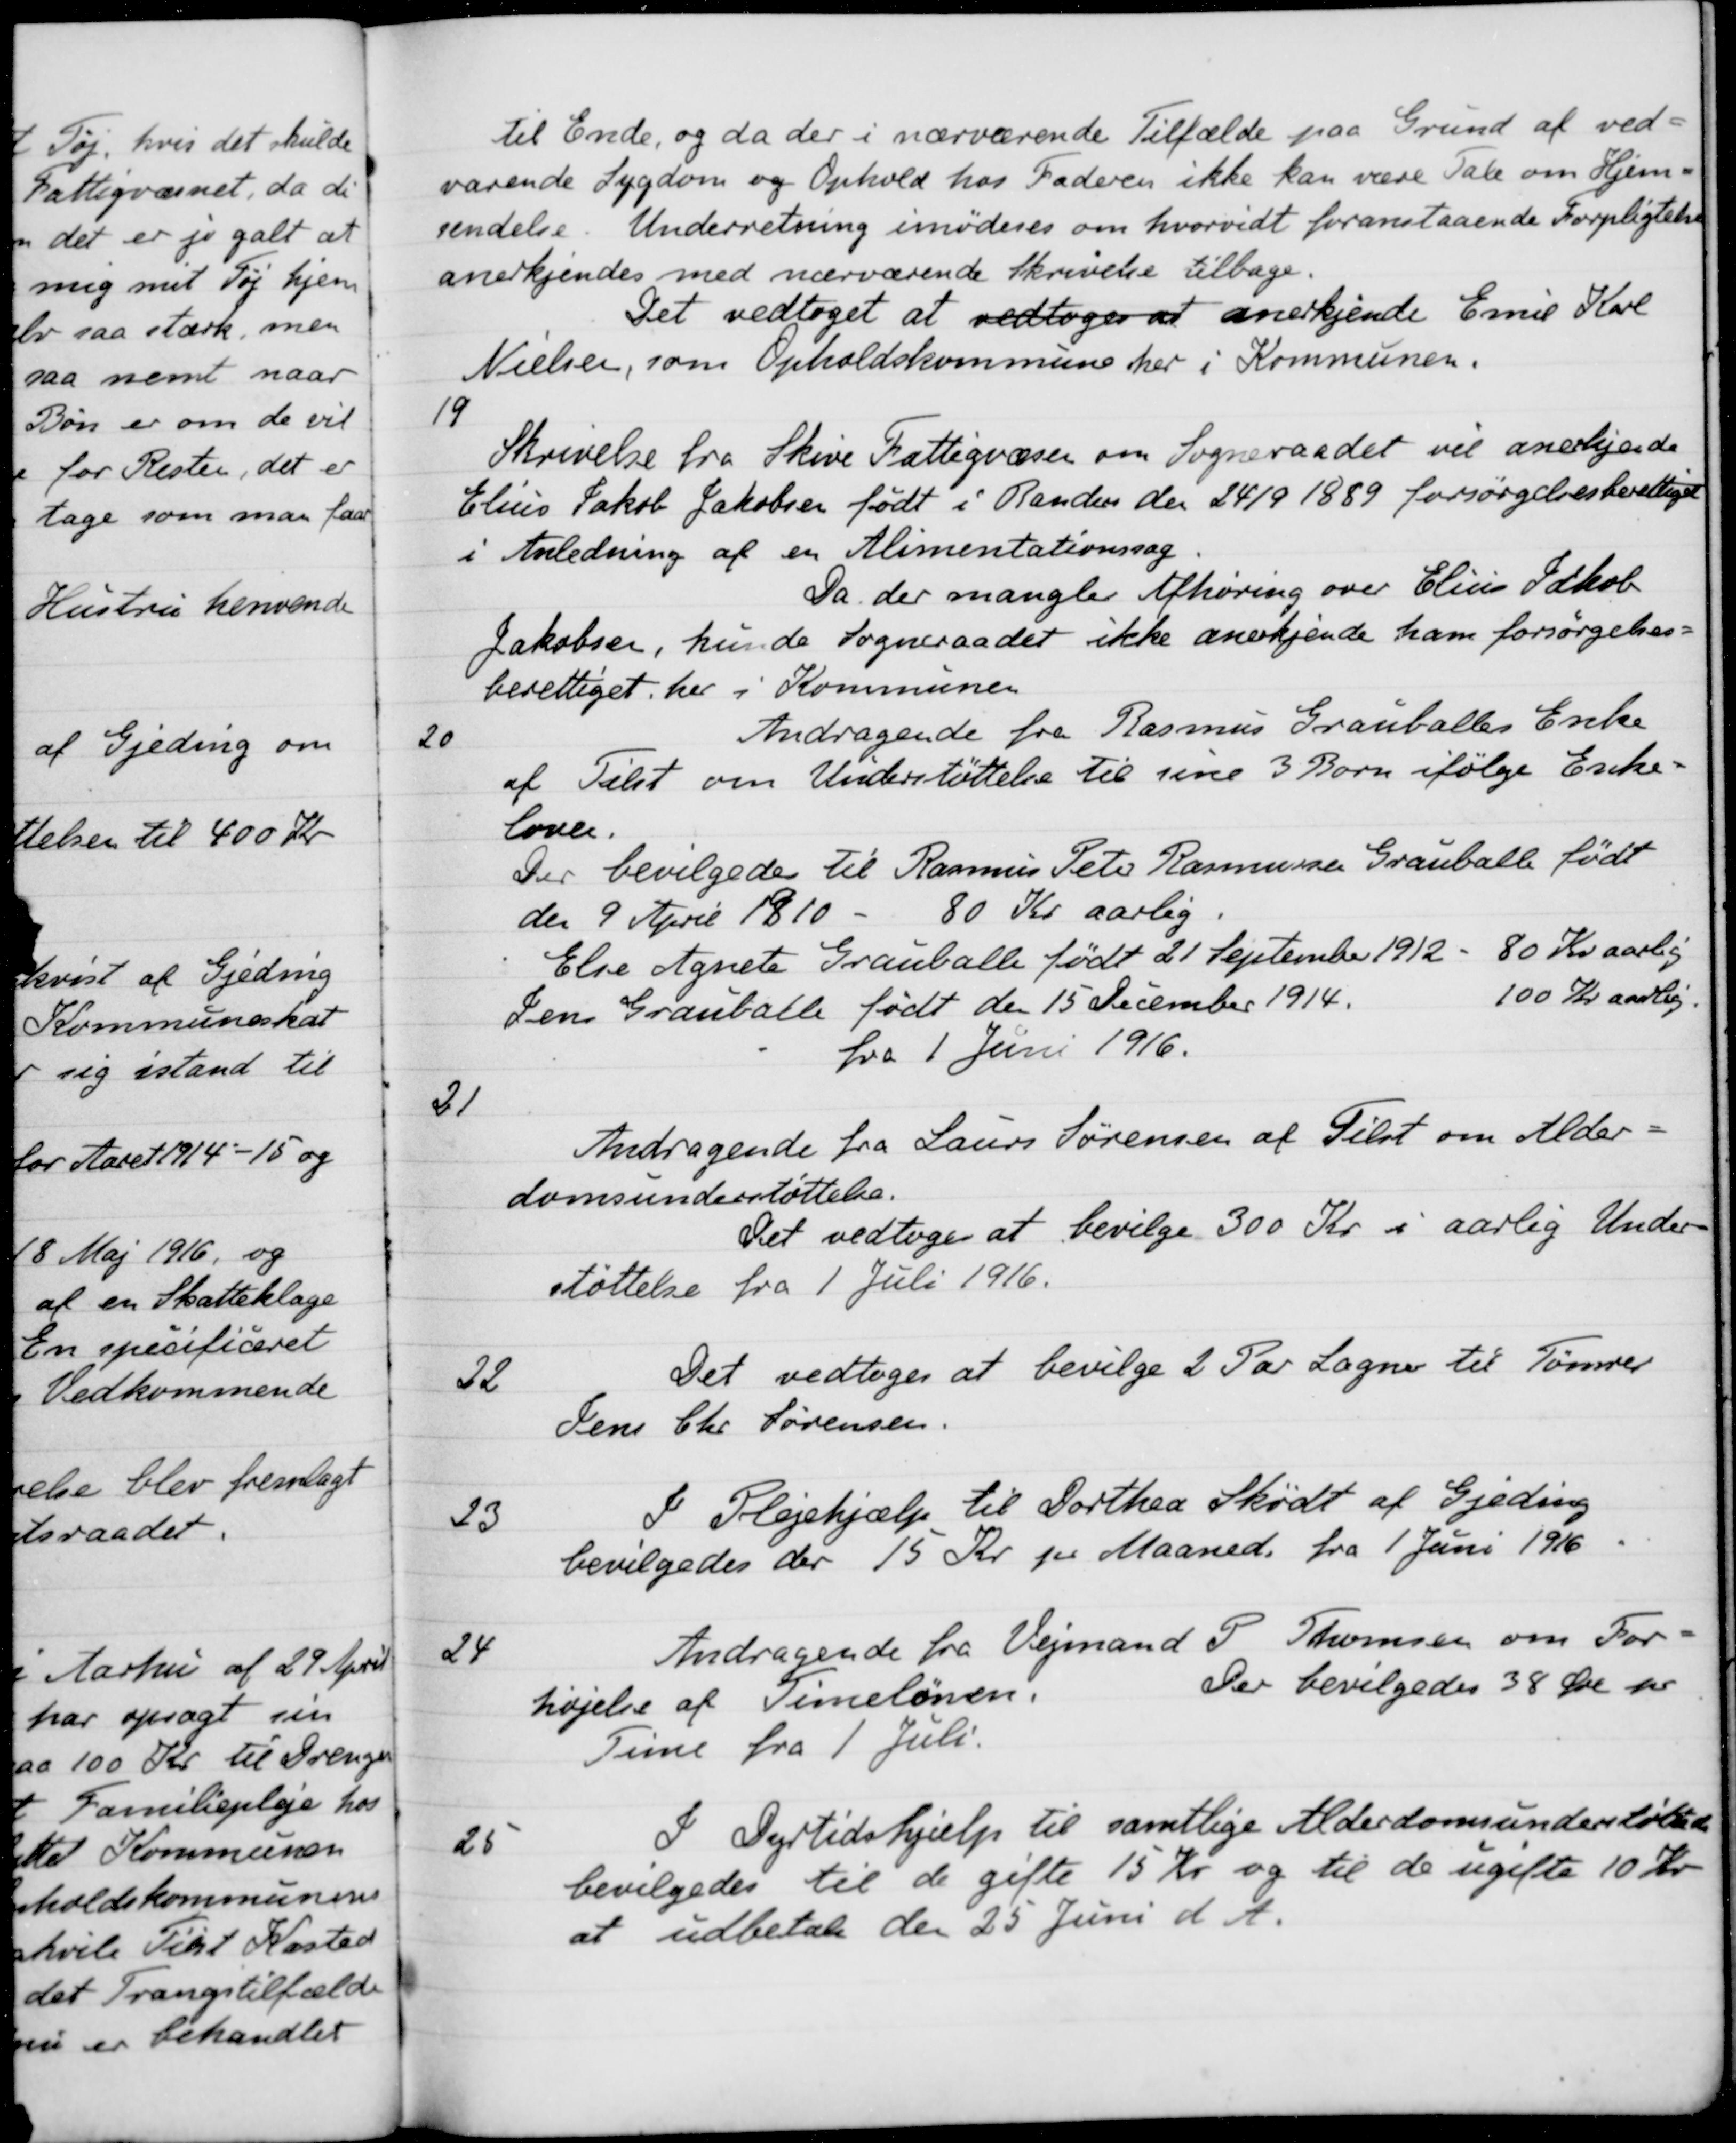
Transskription:
til Ende, og da der i nærværende Tilfælde paa Grund af ved-
varende Sygdom og Ophold hos Faderen ikke kan være Tale om Hjem-
sendelse. Underretning imødeses om hvorvidt foranstaaende Forpligtelse
anerkjendes med nærværende Skrivelse tilbage.
Det vedtoget at  vedtage at anerkjende Emil Karl
Nielsen, som Opholdskommune her i Kommunen.
19
Skrivelse fra Skive Fattigvæsen om Sogneraadet vil anerkjende
Elius Jakob Jakobsen født i Randers den 24/9 1889 forsørgelsesberettiget
i Anledning af en Alimentationssag
Da der mangler Afhøring over Elius Jakob
Jakobsen, kunde Sogneraadet ikke anerkjende ham forsørgelses-
berettiget her i Kommunen
20
Andragende fra Rasmus Grauballes Enke
af Tilst om Understøttelse til sine 3 Børn ifølge Enke-
loven.
Der bevilgedes til Rasmus Peter Rasmussen Grauballe født
den 9 April 1910
80 Kr aarlig.
Else Agnets Grauballe født 21 September 1912 - 80 Kr aarlig
Jens Grauballe født den 15 December 1914.
100 Kr aarlig
fra 1 Juni 1916.
21
Andragende fra Laurs Sørensen af Tilst om Alder-
domsunderstøttelse.
Det vedtoges at bevilge 300 Kr i aarlig Under-
støttelse fra 1 Juli 1916.
22
Det vedtoges at bevilge 2 Par Lagner til Tømrer
Jens Chr Sørensen.
23
I Plejehjælp til Dorthea Skødt af Gjeding
bevilgedes der 15 Kr pr Maaned fra 1 Juni 1916
24
Andragende fra Vejmand P. Thomsen om For-
højelse af Timelønnen. Der bevilgedes 38 Øre pr

Time fra 1 Juli.
25
I Dyrtidshjælp til samtlige Alderdomsunderstøttede
bevilgedes til de gifte 15 Kr og til de ugifte 10 Kr.
at udbetale den 25 Juni d. A.